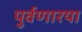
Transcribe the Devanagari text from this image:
पुर्वणारया